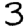
Digit: 3